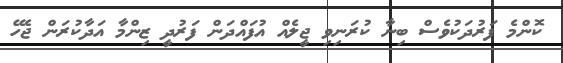
ކޮންމެ ފަރުދަކުވެސް ބިނާ ކުރަނިވި ޖީލެއް އުފައްދަން ފަރުދީ ޒިންމާ އަދާކުރަން ޖެހޭ